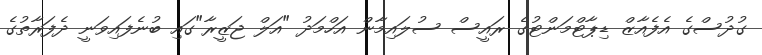
ގުދުސްގެ އެފެއާޒް ޑިޕާޓްމަންޓުގެ ރައީސް ސުލައިމާން އަހްމަދު "އަލް ޖަޒީރާ"ގައި ބުނެފައިވަނީ ދެފަރާތުގެ